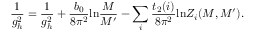
\frac { 1 } { g _ { h } ^ { 2 } } = \frac { 1 } { g _ { h } ^ { 2 } } + \frac { b _ { 0 } } { 8 \pi ^ { 2 } } \mathrm { l n } \frac { M } { M ^ { \prime } } - \sum _ { i } \frac { t _ { 2 } ( i ) } { 8 \pi ^ { 2 } } \mathrm { l n } Z _ { i } ( M , M ^ { \prime } ) .